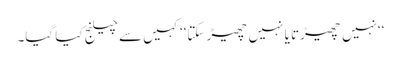
‘‘نہیں چھیڑتا یا نہیں چھیڑ سکتا‘‘ کہیں سے چیلنج کیا گیا۔